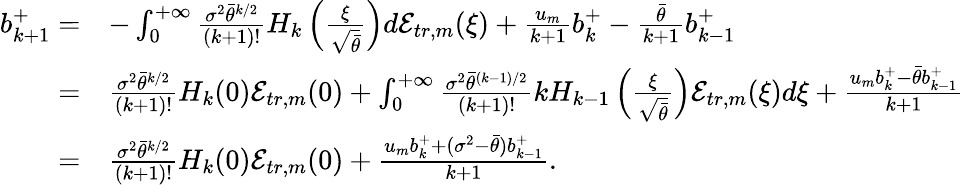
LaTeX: \begin{array}{rl}{b_{k+1}^{+}=}&{-\int_{0}^{+\infty}\frac{\sigma^{2}\bar{\theta}^{k/2}}{(k+1)!}H_{k}\left(\frac{\xi}{\sqrt{\bar{\theta}}}\right)d\mathcal{E}_{tr,m}(\xi)+\frac{u_{m}}{k+1}b_{k}^{+}-\frac{\bar{\theta}}{k+1}b_{k-1}^{+}}\\ {=}&{\frac{\sigma^{2}\bar{\theta}^{k/2}}{(k+1)!}H_{k}(0)\mathcal{E}_{tr,m}(0)+\int_{0}^{+\infty}\frac{\sigma^{2}\bar{\theta}^{(k-1)/2}}{(k+1)!}kH_{k-1}\left(\frac{\xi}{\sqrt{\bar{\theta}}}\right)\mathcal{E}_{tr,m}(\xi)d\xi+\frac{u_{m}b_{k}^{+}-\bar{\theta}b_{k-1}^{+}}{k+1}}\\ {=}&{\frac{\sigma^{2}\bar{\theta}^{k/2}}{(k+1)!}H_{k}(0)\mathcal{E}_{tr,m}(0)+\frac{u_{m}b_{k}^{+}+(\sigma^{2}-\bar{\theta})b_{k-1}^{+}}{k+1}.}\end{array}